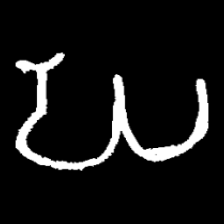
Pyu character \u2014 Myanmar letter: ဃ (romanized: gha)